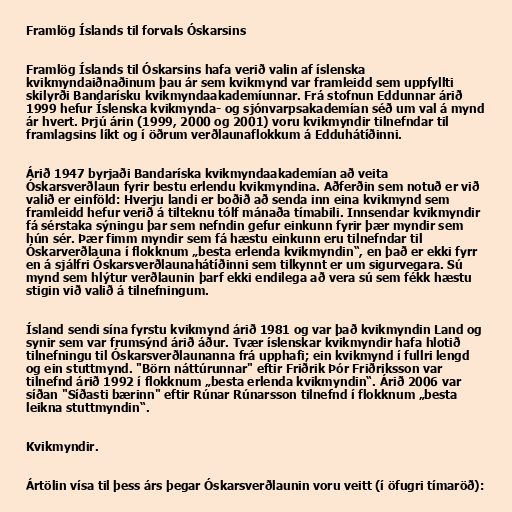
Framlög Íslands til forvals Óskarsins

Framlög Íslands til Óskarsins hafa verið valin af íslenska
kvikmyndaiðnaðinum þau ár sem kvikmynd var framleidd sem uppfyllti
skilyrði Bandarísku kvikmyndaakademíunnar. Frá stofnun Eddunnar árið
1999 hefur Íslenska kvikmynda- og sjónvarpsakademían séð um val á mynd
ár hvert. Þrjú árin (1999, 2000 og 2001) voru kvikmyndir tilnefndar til
framlagsins líkt og í öðrum verðlaunaflokkum á Edduhátíðinni.

Árið 1947 byrjaði Bandaríska kvikmyndaakademían að veita
Óskarsverðlaun fyrir bestu erlendu kvikmyndina. Aðferðin sem notuð er við
valið er einföld: Hverju landi er boðið að senda inn eina kvikmynd sem
framleidd hefur verið á tilteknu tólf mánaða tímabili. Innsendar kvikmyndir
fá sérstaka sýningu þar sem nefndin gefur einkunn fyrir þær myndir sem
hún sér. Þær fimm myndir sem fá hæstu einkunn eru tilnefndar til
Óskarverðlauna í flokknum „besta erlenda kvikmyndin“, en það er ekki fyrr
en á sjálfri Óskarsverðlaunahátíðinni sem tilkynnt er um sigurvegara. Sú
mynd sem hlýtur verðlaunin þarf ekki endilega að vera sú sem fékk hæstu
stigin við valið á tilnefningum.

Ísland sendi sína fyrstu kvikmynd árið 1981 og var það kvikmyndin Land og
synir sem var frumsýnd árið áður. Tvær íslenskar kvikmyndir hafa hlotið
tilnefningu til Óskarsverðlaunanna frá upphafi; ein kvikmynd í fullri lengd
og ein stuttmynd. "Börn náttúrunnar" eftir Friðrik Þór Friðriksson var
tilnefnd árið 1992 í flokknum „besta erlenda kvikmyndin“. Árið 2006 var
síðan "Síðasti bærinn" eftir Rúnar Rúnarsson tilnefnd í flokknum „besta
leikna stuttmyndin“.

Kvikmyndir.

Ártölin vísa til þess árs þegar Óskarsverðlaunin voru veitt (í öfugri tímaröð):